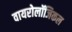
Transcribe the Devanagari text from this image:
वायरोलॉजिकल